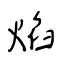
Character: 焰